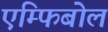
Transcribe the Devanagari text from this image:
एम्फिबोल